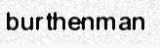
burthenman